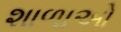
શાળાઓ